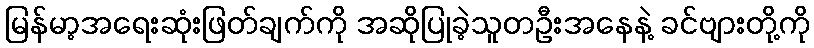
မြန်မာ့အရေးဆုံးဖြတ်ချက်ကို အဆိုပြုခဲ့သူတဦးအနေနဲ့ ခင်ဗျားတို့ကို